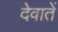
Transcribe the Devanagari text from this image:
देवातें